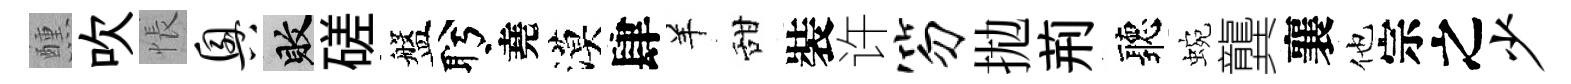
醺吹悵兴敗磋盤盻堯漠肆羊甜裝许笏拋荊聽蜿龔襄他宗之少